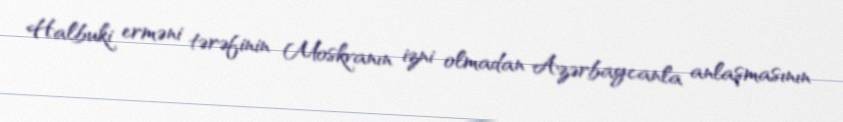
Halbuki erməni tərəfinin Moskvanın izni olmadan Azərbaycanla anlaşmasının